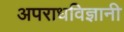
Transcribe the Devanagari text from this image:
अपराधविज्ञानी